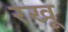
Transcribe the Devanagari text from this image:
रखू